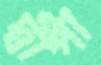
দ্বীপা